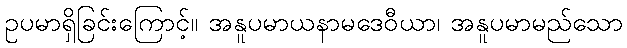
ဥပမာရှိခြင်းကြောင့်။ အနူပမာယနာမဒေဝီယာ၊ အနူပမာမည်သော